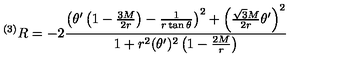
^ { ( 3 ) } R = - 2 \frac { \left( \theta ^ { \prime } \left( 1 - \frac { 3 M } { 2 r } \right) - \frac { 1 } { r \tan \theta } \right) ^ { 2 } + \left( \frac { \sqrt { 3 } M } { 2 r } \theta ^ { \prime } \right) ^ { 2 } } { 1 + r ^ { 2 } ( \theta ^ { \prime } ) ^ { 2 } \left( 1 - \frac { 2 M } { r } \right) }